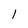
Character: l